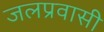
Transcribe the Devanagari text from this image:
जलप्रवासी